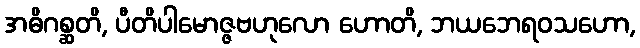
အဓိဂစ္ဆတိ, ပီတိပါမောဇ္ဇဗဟုလော ဟောတိ, ဘယဘေရဝသဟော,